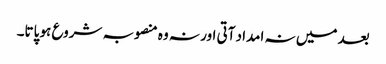
بعد میں نہ امداد آتی اور نہ وہ منصوبہ شروع ہو پاتا۔